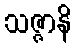
သဇ္ဇာနိ